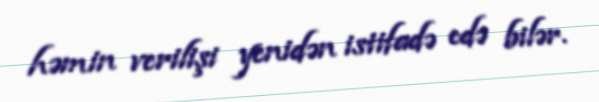
həmin verilişi yenidən istifadə edə bilər.